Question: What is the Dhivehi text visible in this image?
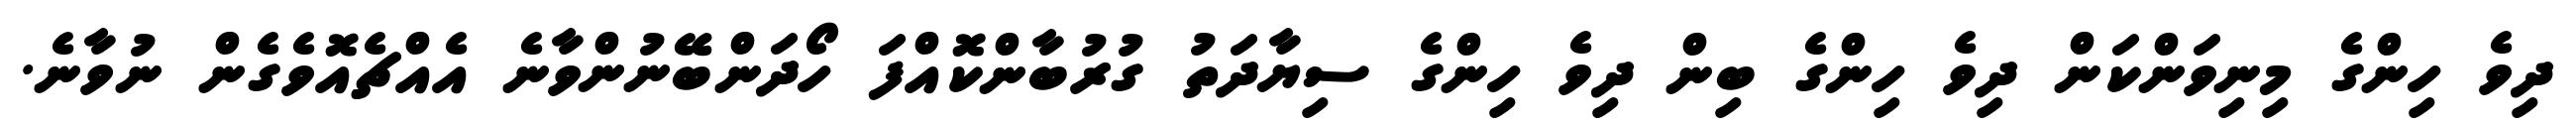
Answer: ދިވެ ހިންގެ މިނިވަންކަން ދިވެ ހިންގެ ބިން ދިވެ ހިންގެ ސިޔާދަތު ގުރުބާންކޮއްފަ ހޯދަންބޭނުންވާނެ އެއްޗެއޮވެގެން ނުވާނެ.